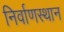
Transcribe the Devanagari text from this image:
निर्वाणस्थान